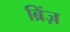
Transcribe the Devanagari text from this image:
ब्रिंज़